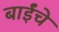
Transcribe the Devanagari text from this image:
बाईंचे